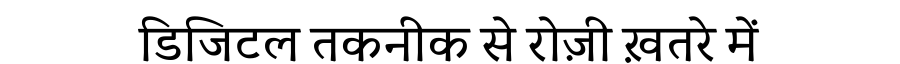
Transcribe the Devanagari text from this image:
डिजिटल तकनीक से रोज़ी ख़तरे में